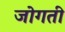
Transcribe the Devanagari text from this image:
जोगती